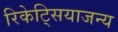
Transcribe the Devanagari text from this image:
रिकेट्सियाजन्य